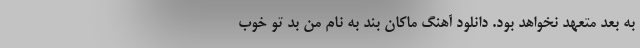
به بعد متعهد نخواهد بود. دانلود آهنگ ماکان بند به نام من بد تو خوب